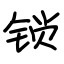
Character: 锁